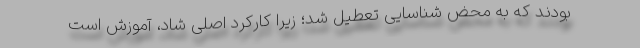
بودند که به محض شناسایی تعطیل شد؛ زیرا کارکرد اصلی شاد، آموزش است